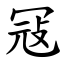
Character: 冦